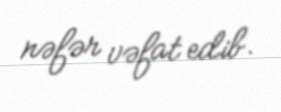
nəfər vəfat edib.